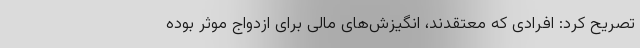
تصریح کرد: افرادی که معتقدند، انگیزش‌های مالی برای ازدواج موثر بوده